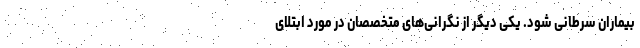
بیماران سرطانی شود. یکی دیگر از نگرانی‌های متخصصان در مورد ابتلای